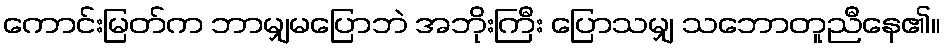
ကောင်းမြတ်က ဘာမျှမပြောဘဲ အဘိုးကြီး ပြောသမျှ သဘောတူညီနေ၏။